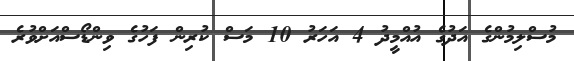
މުސްލިމުންގެ އަދުގެ އުއްމީދު 4 އަހަރު 10 މަސް ކުރިން ފަހުގެ ވިންޑޯސްއަށްވުރެ